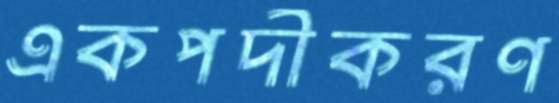
একপদীকরণ